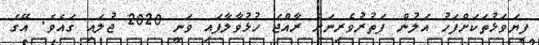
ފިޔަވަޅުތަކަށްފަހު އަލުން ފަތުރުވެރިނަށް ރާއްޖެ ހުޅުވާލާފައި ވަނީ 2020 ޖުލައި ގައެވެ. އޭގެ